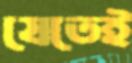
যেতেই